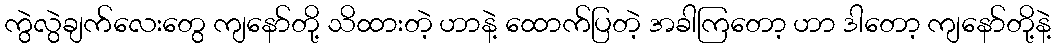
ကွဲလွဲချက်လေးတွေ ကျနော်တို့ သိထားတဲ့ ဟာနဲ့ ထောက်ပြတဲ့ အခါကြတော့ ဟာ ဒါတော့ ကျနော်တို့နဲ့